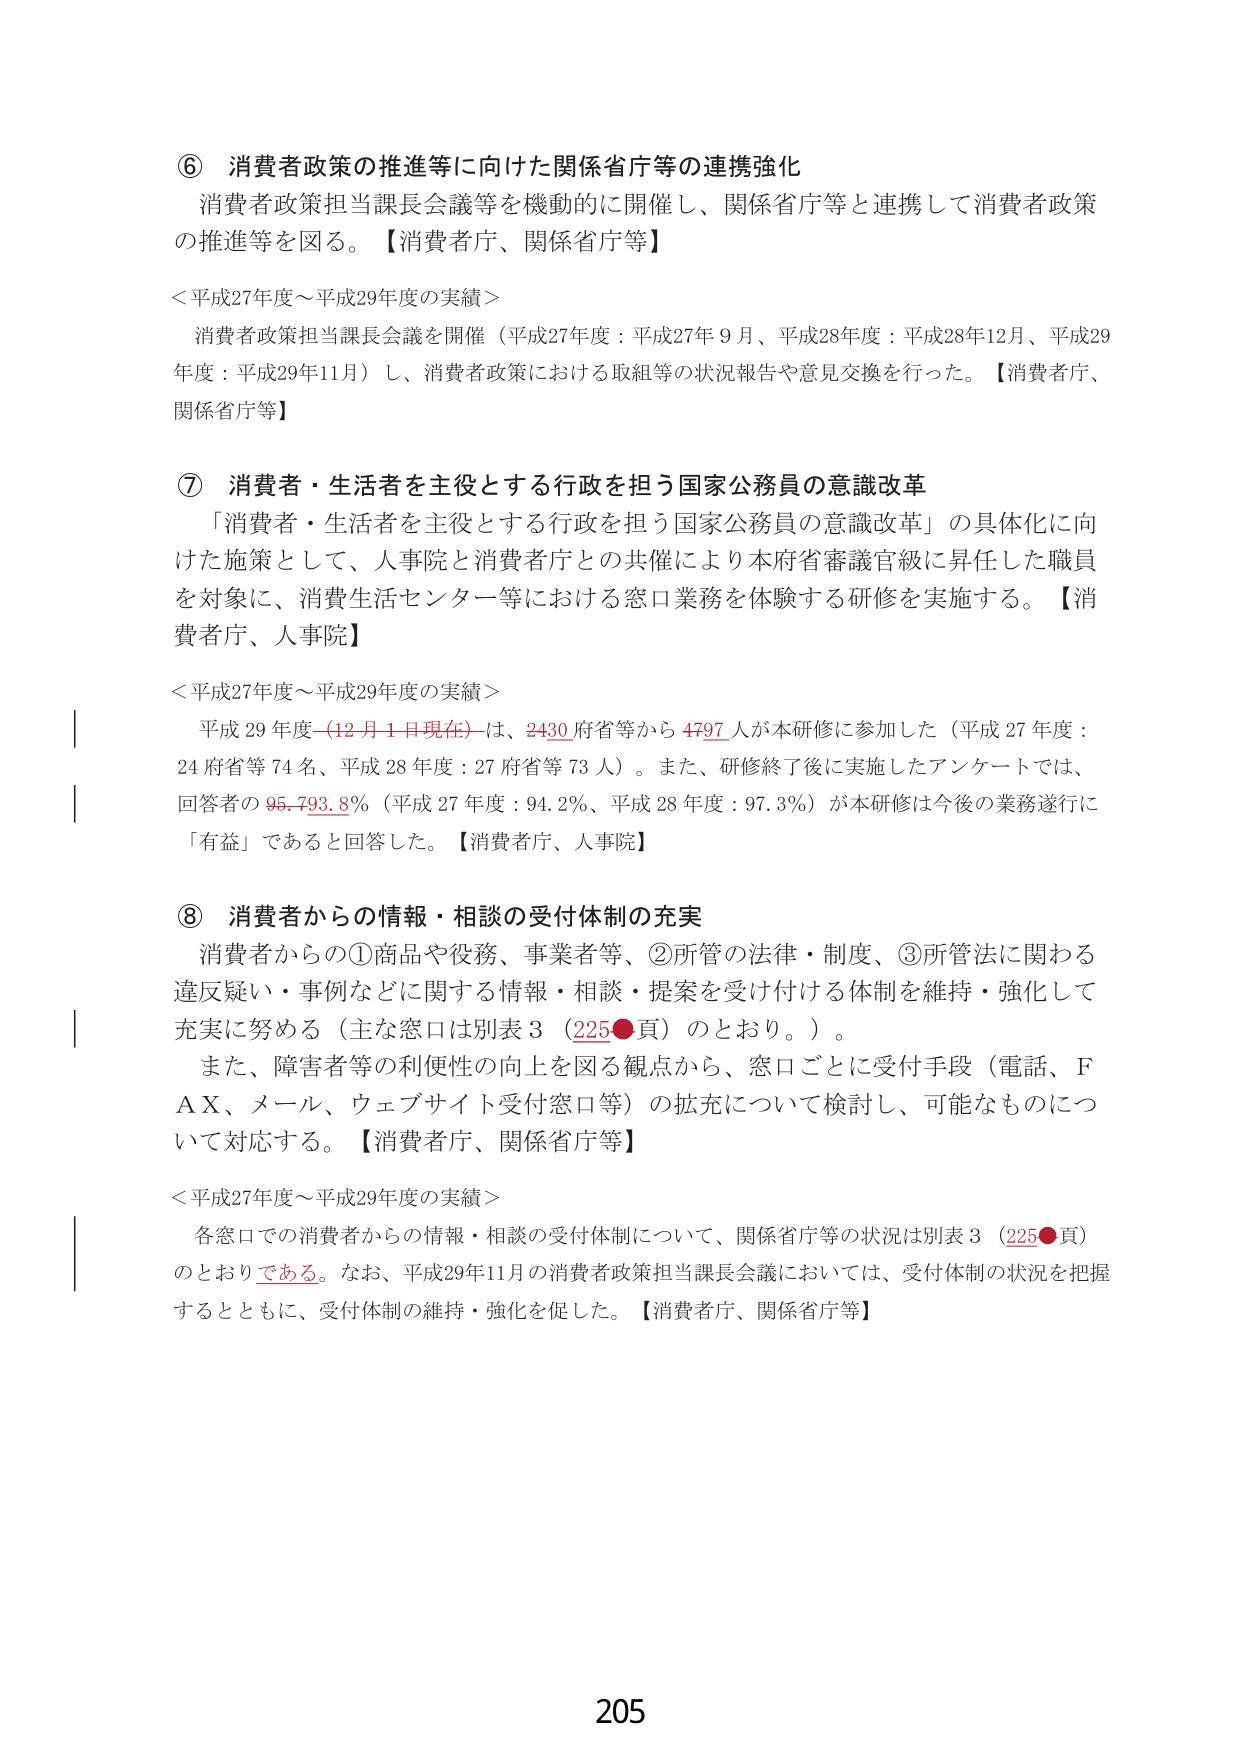
⑥ 消費者政策の推進等に向けた関係省庁等の連携強化
消費者政策担当課長会議等を機動的に開催し、関係省庁等と連携して消費者政策の推進等を図る。【消費者庁、関係省庁等】

＜平成27年度～平成29年度の実績＞
消費者政策担当課長会議を開催（平成27年度：平成27年9月、平成28年度：平成28年12月、平成29年度：平成29年11月）し、消費者政策における取組等の状況報告や意見交換を行った。【消費者庁、関係省庁等】

⑦ 消費者・生活者を主役とする行政を担う国家公務員の意識改革
「消費者・生活者を主役とする行政を担う国家公務員の意識改革」の具体化に向けた施策として、人事院と消費者庁との共催により本府省審議官級に昇任した職員を対象に、消費生活センター等における窓口業務を体験する研修を実施する。【消費者庁、人事院】

＜平成27年度～平成29年度の実績＞
平成29年度（12月1日現在）は、2430府省等から4797人が本研修に参加した（平成27年度：24府省等74名、平成28年度：27府省等73人）。また、研修終了後に実施したアンケートでは、回答者の95.7-93.8％（平成27年度：94.2％、平成28年度：97.3％）が本研修は今後の業務遂行に「有益」であると回答した。【消費者庁、人事院】

⑧ 消費者からの情報・相談の受付体制の充実
消費者からの①商品や役務、事業者等、②所管の法律・制度、③所管法に関わる違反疑い・事例などに関する情報・相談・提案を受け付ける体制を維持・強化して充実に努める（主な窓口は別表3（225●頁）のとおり。）。
また、障害者等の利便性の向上を図る観点から、窓口ごとに受付手段（電話、FAX、メール、ウェブサイト受付窓口等）の拡充について検討し、可能なものについて対応する。【消費者庁、関係省庁等】

＜平成27年度～平成29年度の実績＞
各窓口での消費者からの情報・相談の受付体制について、関係省庁等の状況は別表3（225●頁）のとおりである。なお、平成29年11月の消費者政策担当課長会議においては、受付体制の状況を把握するとともに、受付体制の維持・強化を促した。【消費者庁、関係省庁等】

205